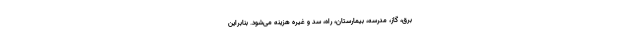
برق، گاز، مدرسه، بیمارستان، راه، سد و غیره هزینه می‌شود. بنابراین